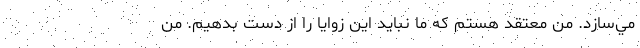
مي‌سازد. من معتقد هستم كه ما نبايد اين زوايا را از دست بدهيم. من